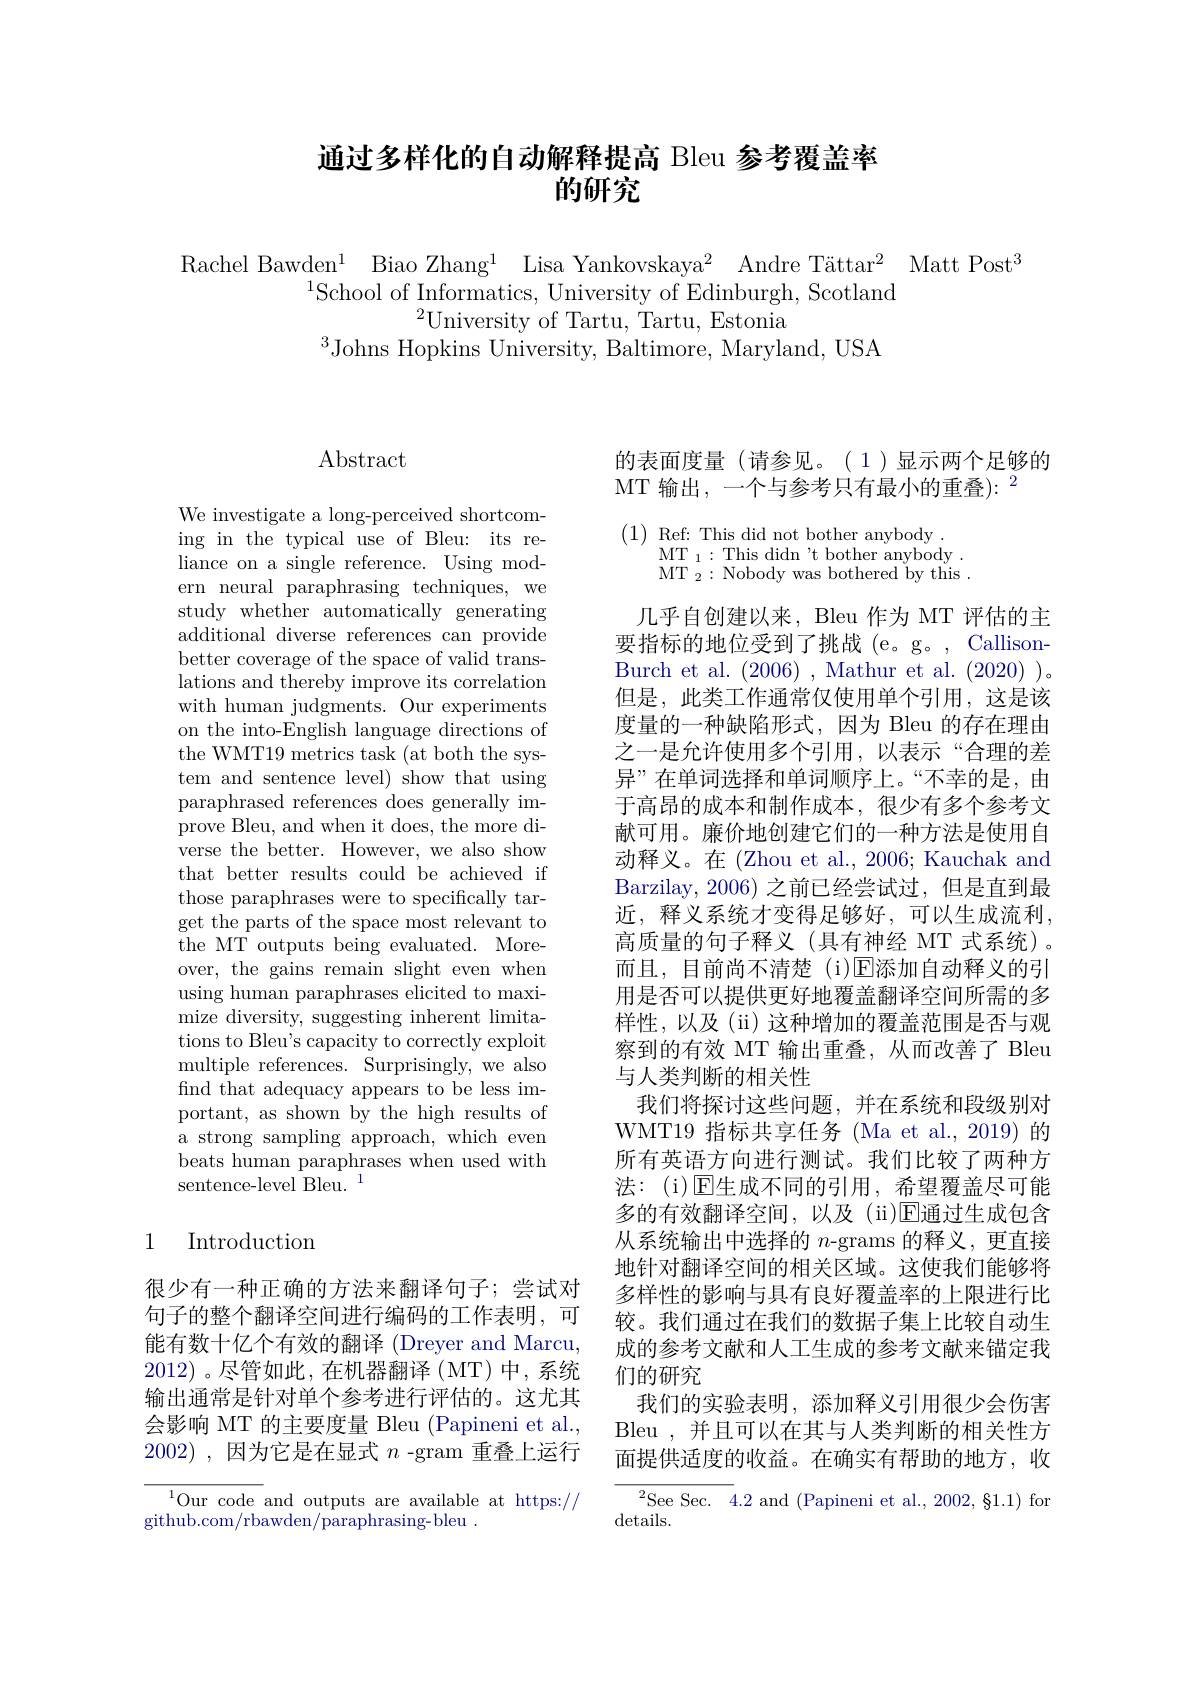
# 通过多样化的自动解释提高 Bleu 参考覆盖率的研究

Rachel Bawden$^1$ Biao Zhang$^1$ Lisa Yankovskaya$^2$ Andre Tättar$^2$ Matt Post$^3$
$^{1}$School of Informatics, University of Edinburgh, Scotland
$^{2}$University of Tartu, Tartu, Estonia
$^3$Johns Hopkins University, Baltimore, Maryland, USA

$\operatorname{Abstract}$

We investigate a long-perceived shortcoming in the typical use of Bleu: its reliance on a single reference. Using modern neural paraphrasing techniques, we study whether automatically generating additional diverse references can provide better coverage of the space of valid translations and thereby improve its correlation with human judgments. Our experiments on the into-English language directions of the WMT19 metrics task (at both the system and sentence level) show that using paraphrased references does generally improve Bleu, and when it does, the more diverse the better. However, we also show that better results could be achieved if those paraphrases were to specifically target the parts of the space most relevant to the MT outputs being evaluated. Moreover, the gains remain slight even when using human paraphrases elicited to maximize diversity, suggesting inherent limitations to Bleu's capacity to correctly exploit multiple references. Surprisingly, we also find that adequacy appears to be less important, as shown by the high results of a strong sampling approach, which even beats human paraphrases when used with sentence-level Bleu. 1

# 1 Introduction

很少有一种正确的方法来翻译句子；尝试对句子的整个翻译空间进行编码的工作表明，可能有数十亿个有效的翻译 (Dreyer and Marcu, 2012)。尽管如此，在机器翻译(MT)中，系统输出通常是针对单个参考进行评估的。这尤其会影响 MT 的主要度量 Bleu (Papineni et al., 2002) , 因为它是在显式 $n$ -gram 重叠上运行

$^{1}$Our code and outputs are available at https://
github.com/rbawden/paraphrasing-bleu~.

的表面度量(请参见。(1)显示两个足够的
MT 输出，一个与参考只有最小的重叠):$^2$

(1) Ref: This did not bother anybody
$\mathrm{MT}_{1}:$This didn$ ^{\prime }$t bother anybody . $\mathrm{MT~}_{2}:$Nobody was bothered by this .

几乎自创建以来，Bleu 作为 MT 评估的主要指标的地位受到了挑战 (e。g。, CallisonBurch et al. (2006) , Mathur et al. (2020) )。但是，此类工作通常仅使用单个引用，这是该度量的一种缺陷形式，因为 Bleu 的存在理由之一是允许使用多个引用，以表示“合理的差异”在单词选择和单词顺序上。“不幸的是，由于高昂的成本和制作成本，很少有多个参考文献可用。廉价地创建它们的一种方法是使用自动释义。在(Zhou et al., 2006; Kauchak and Barzilay, 2006) 之前已经尝试过，但是直到最近，释义系统才变得足够好，可以生成流利， 高质量的句子释义(具有神经 MT 式系统)。而且，目前尚不清楚(i)E添加自动释义的引用是否可以提供更好地覆盖翻译空间所需的多样性，以及(ii)这种增加的覆盖范围是否与观察到的有效 MT 输出重叠，从而改善了 Bleu 与人类判断的相关性
我们将探讨这些问题，并在系统和段级别对WMT19 指标共享任务 (Ma et al., 2019) 的所有英语方向进行测试。我们比较了两种方法：(i)☑生成不同的引用，希望覆盖尽可能多的有效翻译空间，以及(ii)E通过生成包含从系统输出中选择的$n$-grams 的释义，更直接地针对翻译空间的相关区域。这使我们能够将多样性的影响与具有良好覆盖率的上限进行比较。我们通过在我们的数据子集上比较自动生成的参考文献和人工生成的参考文献来锚定我们的研究
我们的实验表明，添加释义引用很少会伤害Bleu , 并且可以在其与人类判断的相关性方面提供适度的收益。在确实有帮助的地方，收
$^{2}$See Sec.4.2and(Papineni et al.,2002,81.1)fon

details.